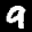
Label: 9